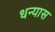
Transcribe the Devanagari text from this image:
धन्यास